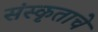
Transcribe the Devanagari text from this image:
संस्कृताचे